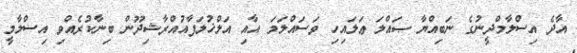
އާދެ އިސްލާމްދީނުގެ ނަބިއްޔާ ޞައްލަ ޢަލައިހި ވަސައްލަމަ އާއި އަލްޚުލަފާއުއްރާޝިދޫން ބިނާކުރެއްވި އިސްލާމީ